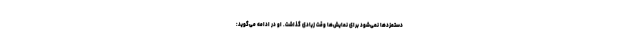
دستمزدها نمی‌شود برای نمایش‌ها وقت زیادی گذاشت. او در ادامه می‌گوید: